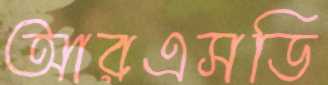
আরএসডি